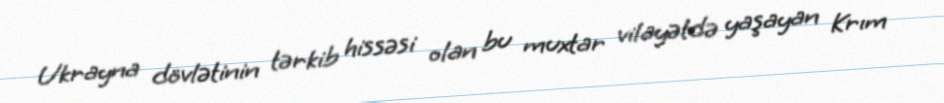
Ukrayna dövlətinin tərkib hissəsi olan bu muxtar vilayətdə yaşayan Krım